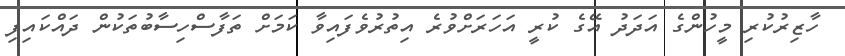
ހާޒިރުކުރި މީހުންގެ އަދަދު އޭގެ ކުރީ އަހަރަށްވުރެ އިތުރުވެފައިވާ ކަމަށް ތަފާސްހިސާބުތަކުން ދައްކައިފި